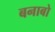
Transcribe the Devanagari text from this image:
बनाबो